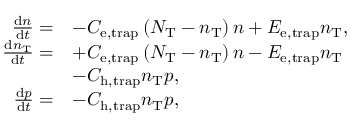
\begin{array} { r l } { \frac { \mathrm { d } n } { \mathrm { d } t } = } & { - C _ { \mathrm { e , t r a p } } \left( N _ { \mathrm { T } } - n _ { \mathrm { T } } \right) n + E _ { \mathrm { e , t r a p } } n _ { \mathrm { T } } , } \\ { \frac { \mathrm { d } n _ { \mathrm { T } } } { \mathrm { d } t } = } & { + C _ { \mathrm { e , t r a p } } \left( N _ { \mathrm { T } } - n _ { \mathrm { T } } \right) n - E _ { \mathrm { e , t r a p } } n _ { \mathrm { T } } } \\ & { - C _ { \mathrm { h , t r a p } } n _ { \mathrm { T } } p , } \\ { \frac { \mathrm { d } p } { \mathrm { d } t } = } & { - C _ { \mathrm { h , t r a p } } n _ { \mathrm { T } } p , } \end{array}